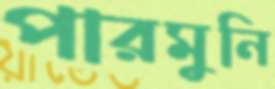
পারমুনি